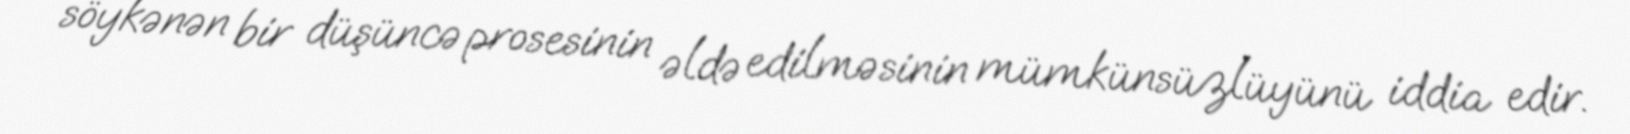
söykənən bir düşüncə prosesinin əldə edilməsinin mümkünsüzlüyünü iddia edir.